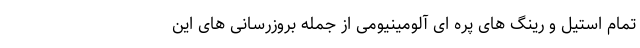
تمام استیل و رینگ های پره ای آلومینیومی از جمله بروزرسانی های این